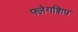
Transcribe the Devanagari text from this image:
फ्लेगशिप